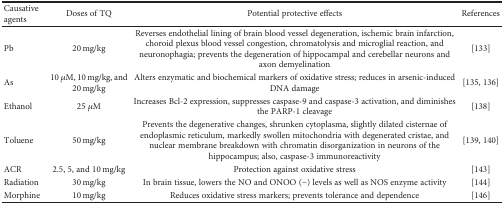
| Causative agents | Doses of TQ | Potential protective effects | References |
 | --- | --- | --- | --- |
 | Pb | 20 mg/kg | Reverses endothelial lining of brain blood vessel degeneration, ischemic brain infarction, choroid plexus blood vessel congestion, chromatolysis and microglial reaction, and neuronophagia; prevents the degeneration of hippocampal and cerebellar neurons and axon demyelination | [133] |
 | As | 10 μM, 10 mg/kg, and 20 mg/kg | Alters enzymatic and biochemical markers of oxidative stress; reduces in arsenic-induced DNA damage | [135, 136] |
 | Ethanol | 25 μM | Increases Bcl-2 expression, suppresses caspase-9 and caspase-3 activation, and diminishes the PARP-1 cleavage | [138] |
 | Toluene | 50 mg/kg | Prevents the degenerative changes, shrunken cytoplasma, slightly dilated cisternae of endoplasmic reticulum, markedly swollen mitochondria with degenerated cristae, and nuclear membrane breakdown with chromatin disorganization in neurons of the hippocampus; also, caspase-3 immunoreactivity | [139, 140] |
 | ACR | 2.5, 5, and 10 mg/kg | Protection against oxidative stress | [143] |
 | Radiation | 30 mg/kg | In brain tissue, lowers the NO and ONOO (−) levels as well as NOS enzyme activity | [144] |
 | Morphine | 10 mg/kg | Reduces oxidative stress markers; prevents tolerance and dependence | [146] |